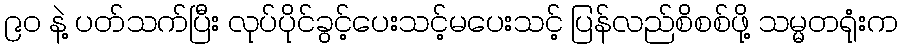
၉ဝ နဲ့ ပတ်သက်ပြီး လုပ်ပိုင်ခွင့်ပေးသင့်မပေးသင့် ပြန်လည်စိစစ်ဖို့ သမ္မတရုံးက